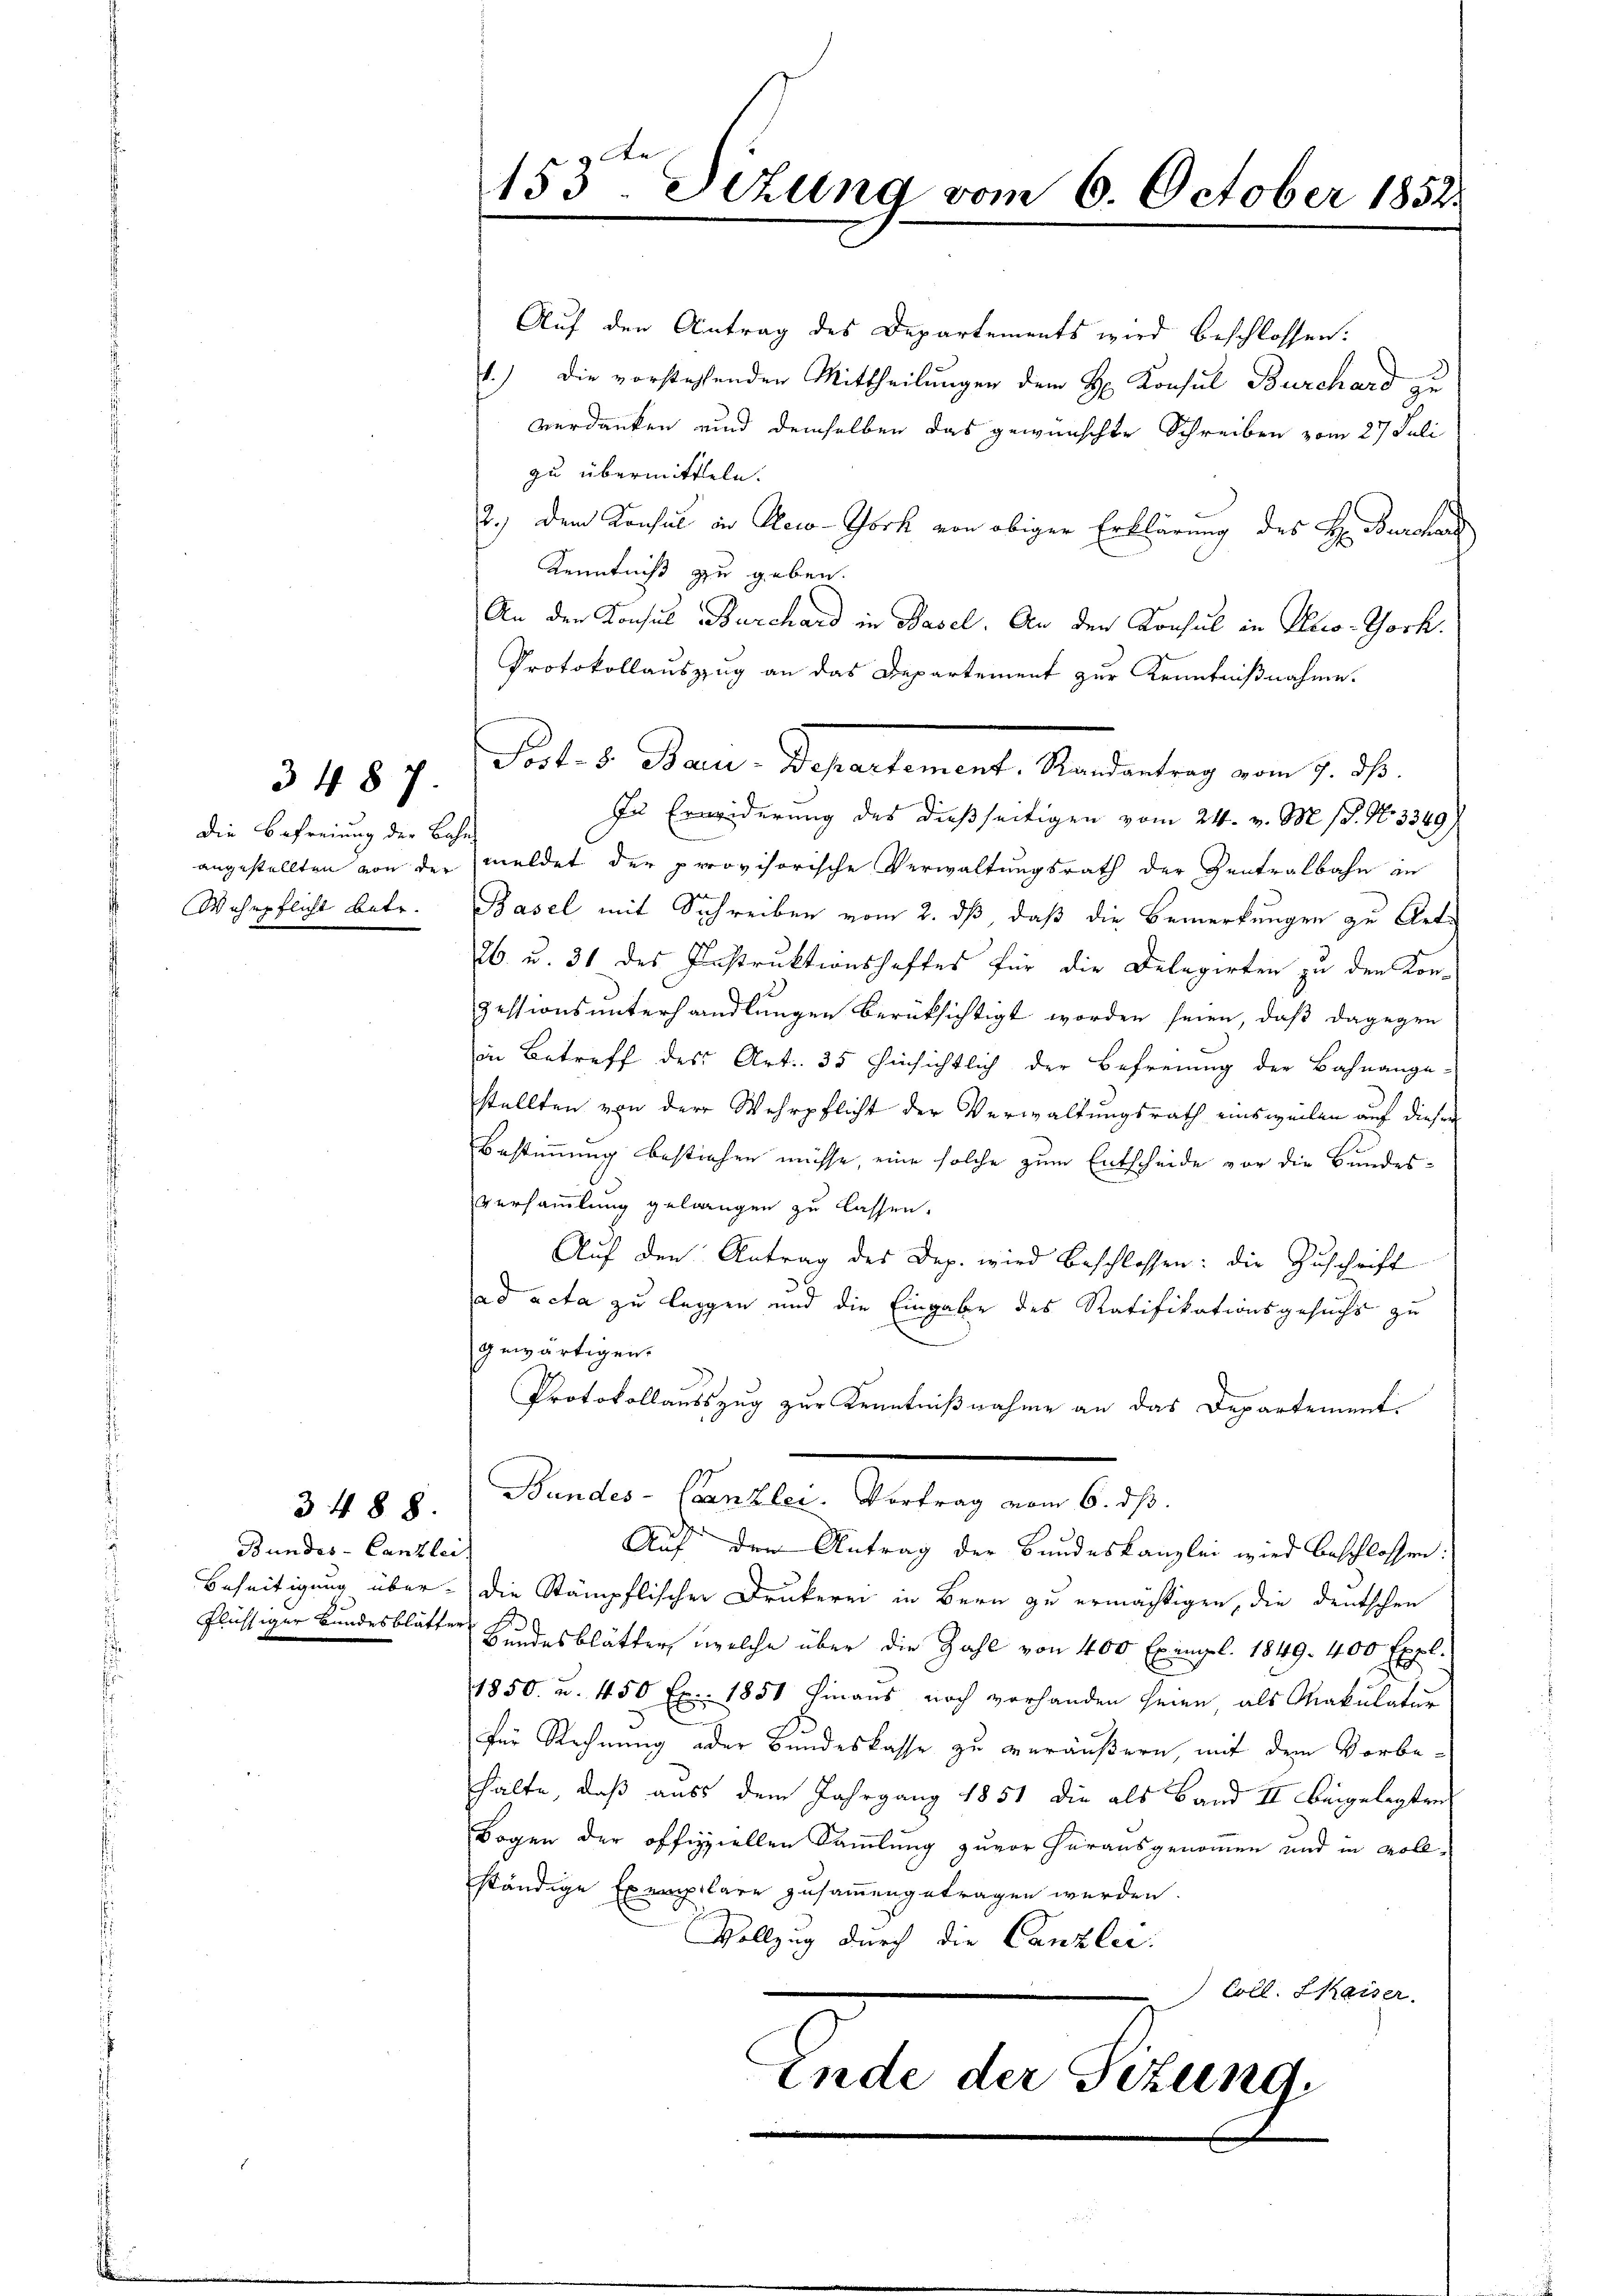
Die Befreiung der Bahn
Wehrpflicht betr.

3487.

Bundes-Canzlei

3488.

Auf den Antrag des Departements wird beschlossen.
4.) Die vorstehenden Mittheilungen dem H. Konsul Burchard zu
verdanken und demselben das gewünschte Schreiben vom 27. Juli
zu übermitteln.
2.) Dem Konsul in Reco-York von obiger Erklärung des H. Burchaus
Kenntniß zu geben.
An den Konsul Burchard in Basel. An den Konsul in Reco-Tock.
Protokollauszug an das Departement zur Kenntnißnahme.
In Erwiderung des dießseitigen vom 24. v. M. 18. No. 3349)
angestellten von der meldet der provisorische Verwaltungsrath der Zentralbahn an
Basel mit Schreiben vom 2. dß, daß die Bemerkungen zu Art.
26. u. 31 des Instruktionshaftes für die Delegirten zu den Konzessionsunterhandlungen berüksichtigt worden seien, daß dagegen
in Betreff des Art. 35 hinsichtlich der Befreiung der Bahnange-
stellten von der Wehrpflicht der Verwaltungsrath einsweilen auf diesen
Bestimmung bestichen müsse, eine solche zum Entscheide vor die Bundesversammlung gelangen zu lassen.
Aŭf den Antrag des Dep. wird beschlossen: die Zuschrift
ad acta zu leggen und die Eingabe des Ratifikationsgesuchs zu
gewärtigen.
Protokollausszug zur Kenntnißnahme an das Departement.
Bandes-Canzler. Vortrag vom 6. ds.
Auf den Antrag der Bundeskanzlei wird beschlossen:
Beseitigung über die Stämpflischen Drukerei in Bern zu ermächtigen, die deutschen
Flüssiger Bundesblätter Kindesblätter, welche über die Zahl von 400 Exempl. 1849. 400 Expl.
1850 u. 450 Ex. 1851 hinaus noch vorhanden seien, als Makulatur
für Rechnung oder Bundeskasse zu veräußern, mit dem Vorbehalte, daß aus dem Jahrgang 1851 die als Band II beigelegten
Bogen der offizziellen Sammlung zuvor herausgenommen und in vollständige Exemplare zusammengetragen werden.
Vollzug durch die Canzlei:
Coll. Kaiser.
Ende der Schling

153. Sizung vom 6. October 1852

Satis Band. Departement anderung vom 1. 2.